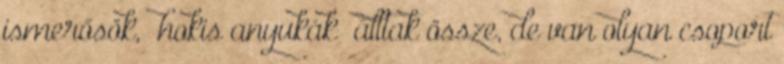
ismerősök, „hokis anyukák” álltak össze, de van olyan csoport